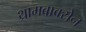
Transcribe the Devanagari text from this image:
थ्रामबाक्सेन